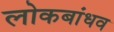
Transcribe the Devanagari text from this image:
लोकबांधव